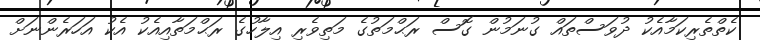
ކެތްތެރިކަމާއެކު ދުވަސްތައް ގުނަމުން ގޮސް ރަޙްމަތުގެ މަތިވެރި އިލާހުގެ ރަޙްމަތާއިއެކު އެކު އަހަރެންނަށް